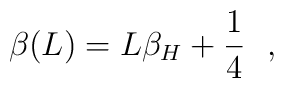
\beta(L) = L \beta_H + {1 \over 4}~~,